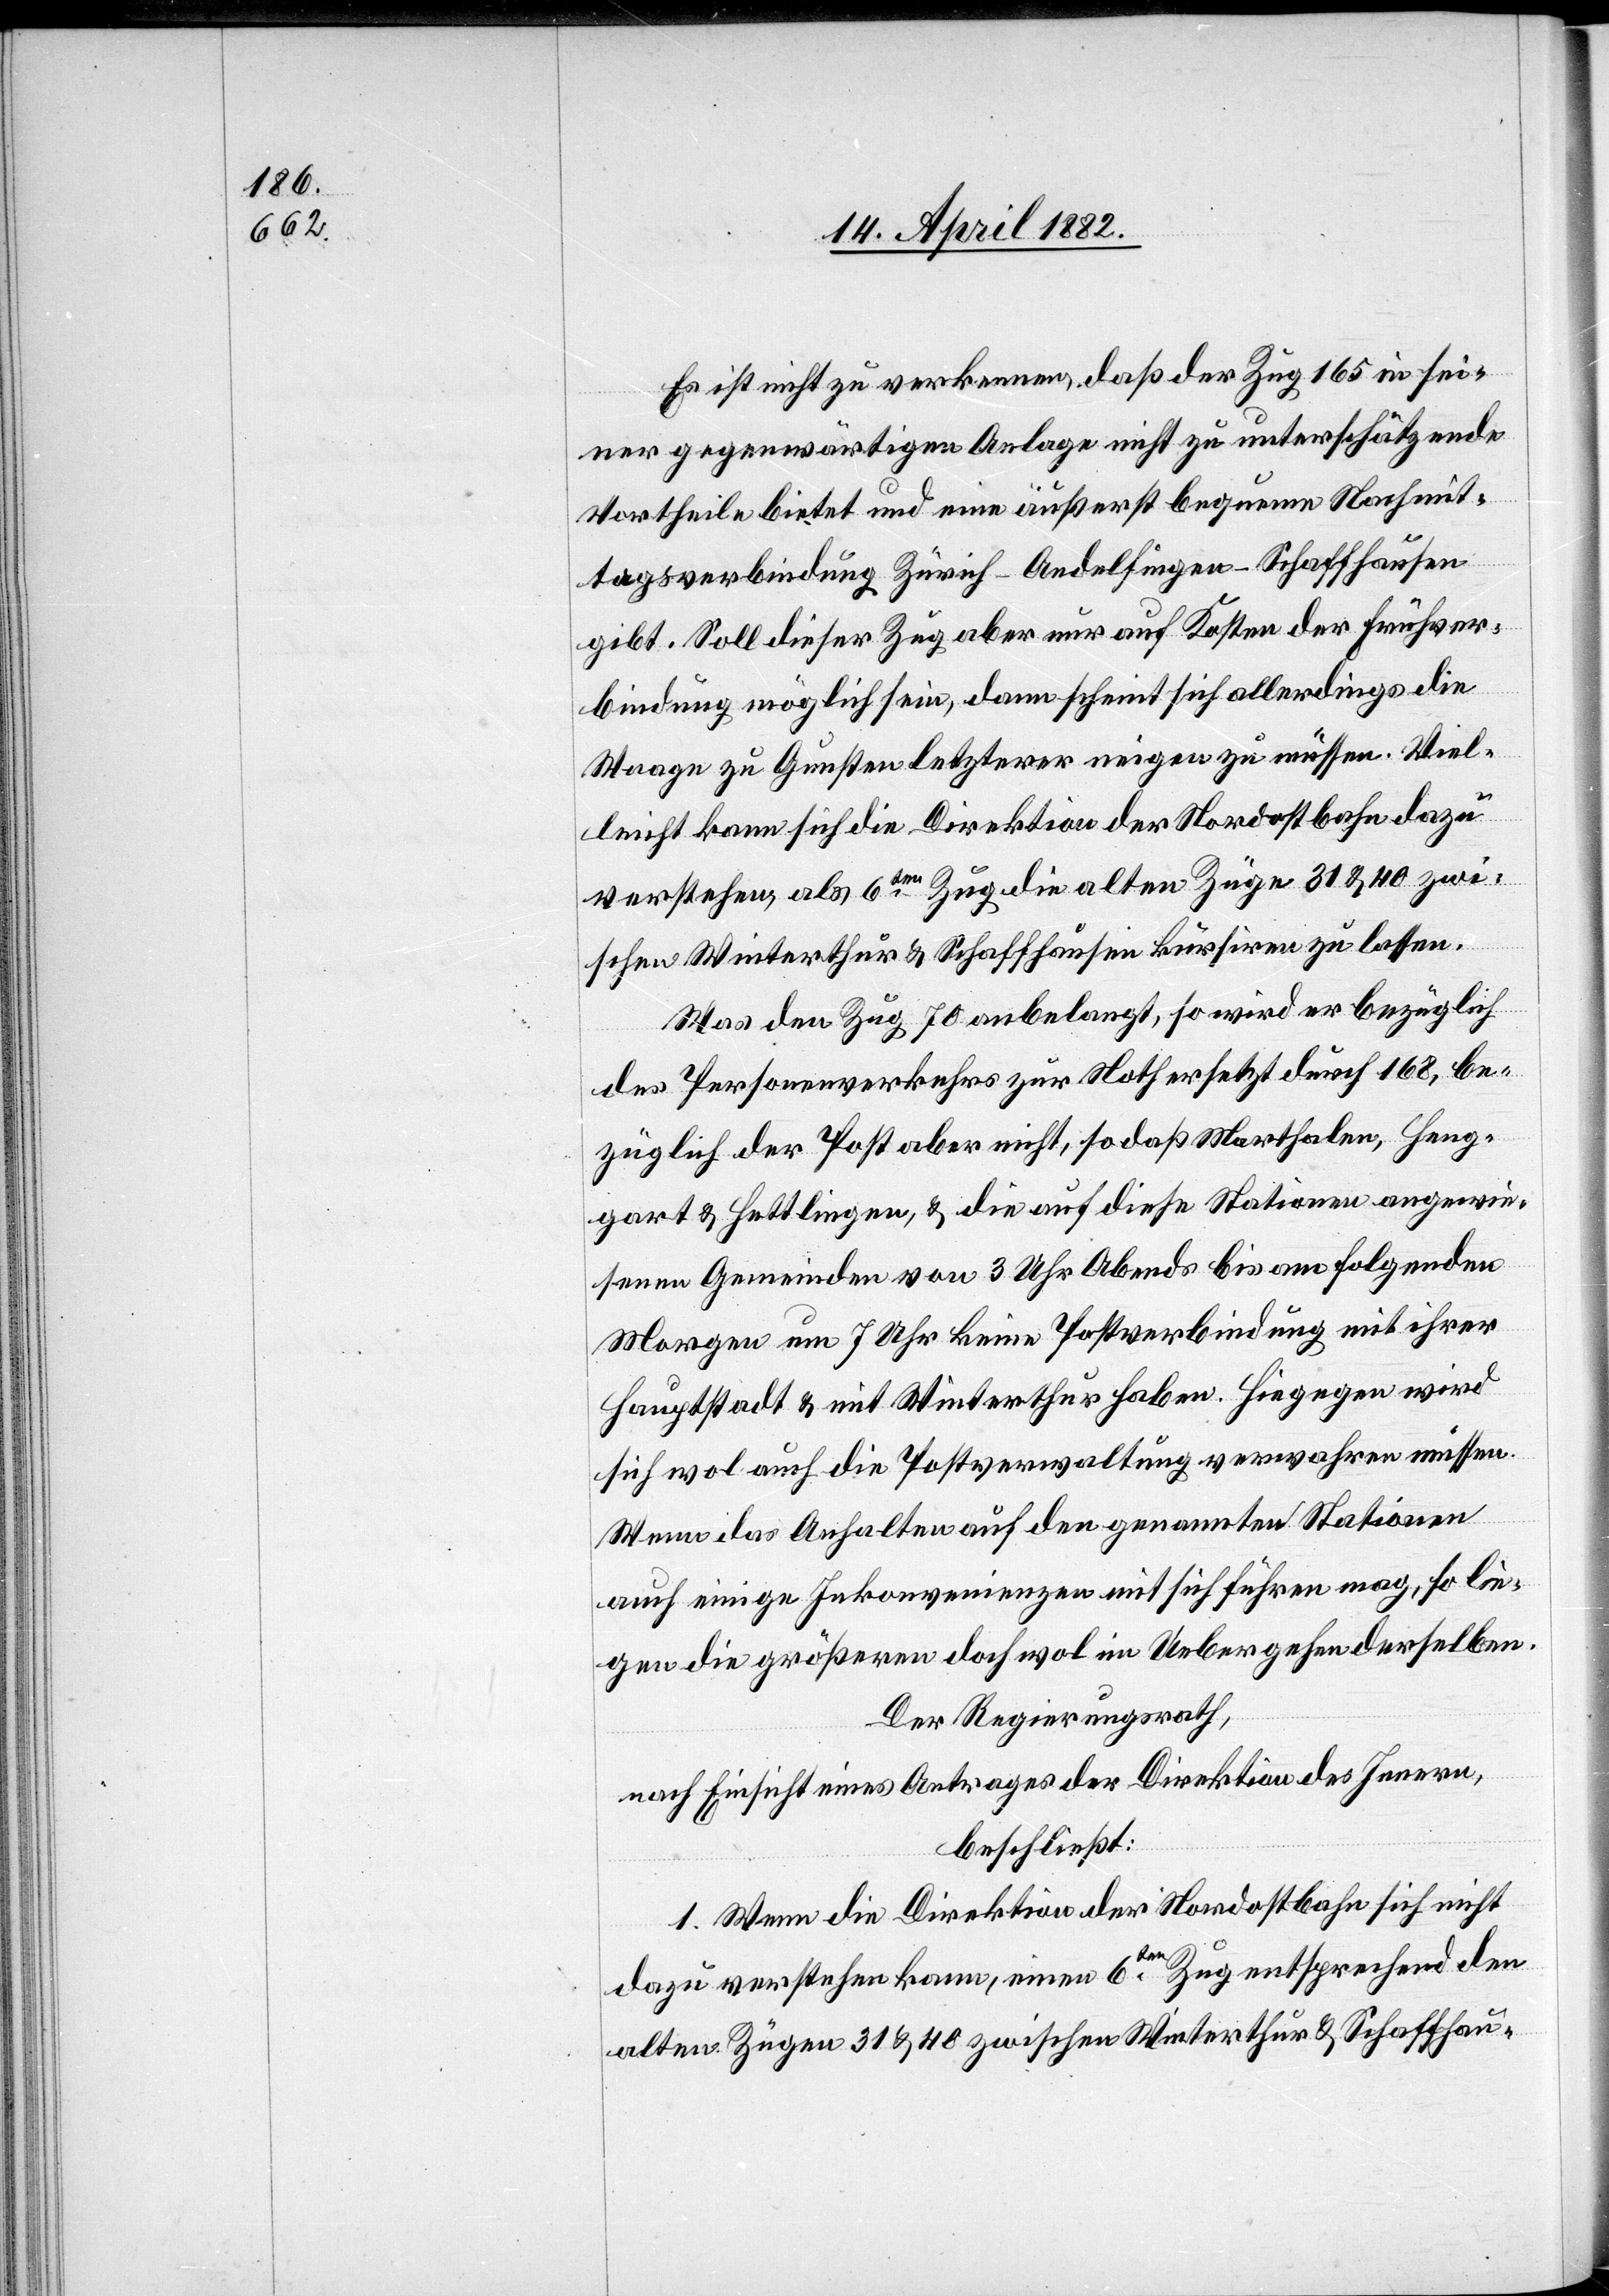
Es ist nicht zu verkennen, daß der Zug 165 in sei¬
ner gegenwärtigen Anlage nicht zu unterschätzende
Vortheile bietet und eine äußerst bequeme Nachmit¬
tagsverbindung Zürich–Andelfingen–Schaffhausen
gibt. Soll dieser Zug aber nur auf Kosten der Frühver¬
bindung möglich sein, dann scheint sich allerdings die
Waage zu Gunsten letzterer neigen zu müssen. Viel¬
leicht kann sich die Direktion der Nordostbahn dazu
verstehen, als 6ten Zug die alten Züge 31 & 40 zwi¬
schen Winterthur & Schaffhausen kursiren zu lassen.
Was den Zug 70 anbelangt, so wird er bezüglich
des Personenverkehrs zur Noth ersetzt durch 168, be¬
züglich der Post aber nicht, so daß Marthalen, Heng¬
gart & Hettlingen, & die auf diese Stationen angewie¬
senen Gemeinden von 3 Uhr Abends bis am folgenden
Morgen um 7 Uhr keine Postverbindung mit ihrer
Hauptstadt & mit Winterthur haben. Hiegegen wird
sich wol auch die Postverwaltung verwahren müssen.
Wenn das Anhalten auf den genannten Stationen
auch einige Inkonvenienzen mit sich führen mag, so lie¬
gen die größeren doch wol im Uebergehen derselben.
Der Regierungsrath,
nach Einsicht eines Antrages der Direktion des Innern,
beschließt:
1. Wenn die Direktion der Nordostbahn sich nicht
dazu verstehen kann, einen 6ten Zug entsprechend den
alten Zügen 31 & 40 zwischen Winterthur & Schaffhau-